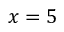
x = 5